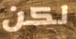
لكن